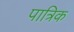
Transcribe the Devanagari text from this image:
पात्रिक